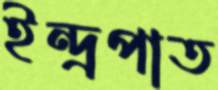
ইন্দ্রপাত